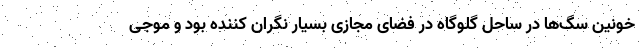
خونین سگ‌ها در ساحل گلوگاه در فضای مجازی بسیار نگران کننده بود و موجی